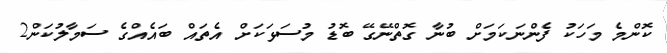
ކޮންމެ މަހަކު ފެންނަކަމަށް ބުނާ ގޮތްނޭގޭ ބޮޑު މުސަޅަކަށް އެތައް ބައެއްގެ ސަމާލުކަން2